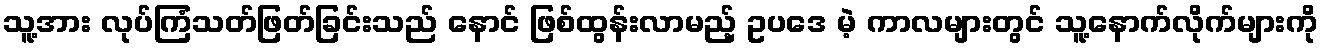
သူ့အား လုပ်ကြံသတ်ဖြတ်ခြင်းသည် နောင် ဖြစ်ထွန်းလာမည့် ဥပဒေ မဲ့ ကာလများတွင် သူ့နောက်လိုက်များကို